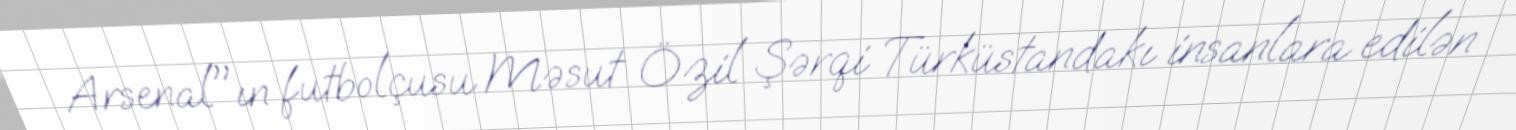
Arsenal"ın futbolçusu Məsut Özil Şərqi Türküstandakı insanlara edilən